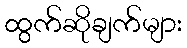
ထွက်ဆိုချက်များ